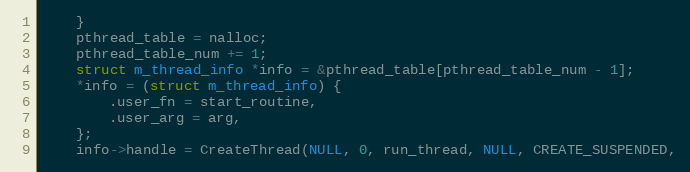
Language: C
    }
    pthread_table = nalloc;
    pthread_table_num += 1;
    struct m_thread_info *info = &pthread_table[pthread_table_num - 1];
    *info = (struct m_thread_info) {
        .user_fn = start_routine,
        .user_arg = arg,
    };
    info->handle = CreateThread(NULL, 0, run_thread, NULL, CREATE_SUSPENDED,